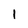
Character: 1